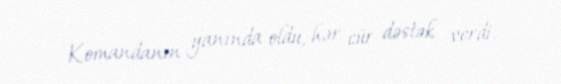
Komandanın yanında oldu, hər cür dəstək verdi.